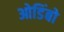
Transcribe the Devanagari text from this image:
ओडिंबो